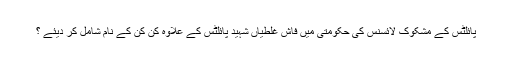
پائلٹس کے مشکوک لائسنس کی حکومتی میں فاش غلطیاں شہید پائلٹس کے علاوہ کن کن کے نام شامل کر دیئے ؟